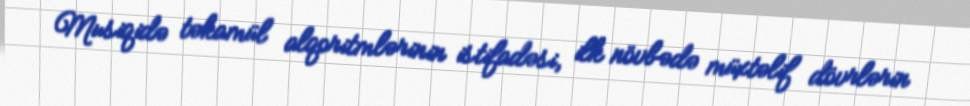
Musiqidə təkamül alqoritmlərinin istifadəsi, ilk növbədə müxtəlif dövrlərin